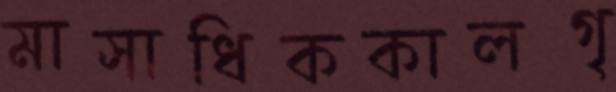
মাসাধিককালগৃ